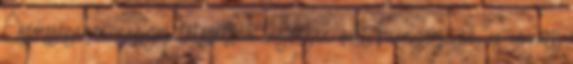
Összességében nagyon tetszett, a legvégén volt hiányérzetem és emiatt